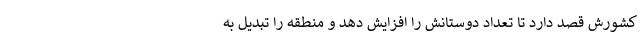
کشورش قصد دارد تا تعداد دوستانش را افزایش دهد و منطقه را تبدیل به